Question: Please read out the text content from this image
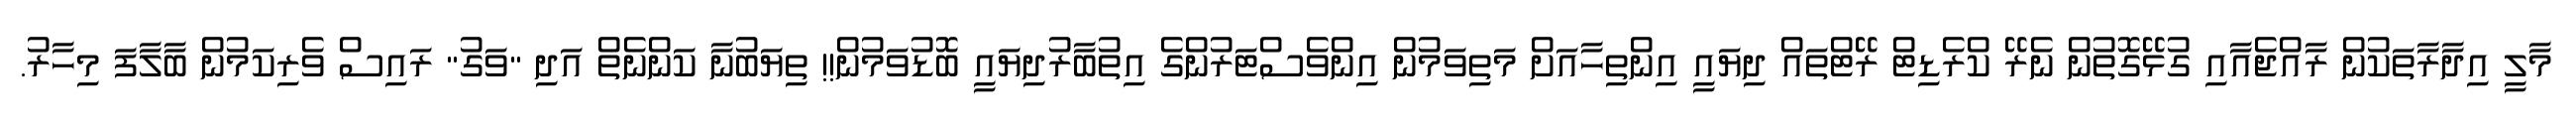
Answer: މާލީ އިދާރާތަކުން ރާއްޖެއާއި ގުޅޭގޮތުން ނެރޭ ކްރެޑިޓް ރޭޓްތައް ދިޔައީ އިންތިހާއަށް މަތިވަމުން އިންވެސްޓަރުންގެ އިތުބާރުދިޔައީ ބޮޑުވަމުން!! ތިޔަބުނާ ކަންނެތް އަދި "ވަގު" ރައިސް ވެރިކަމުން ބާލާފަ މިހާރު.